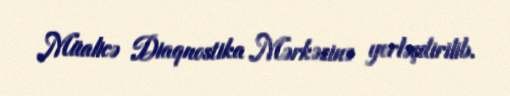
Müalicə Diaqnostika Mərkəzinə yerləşdirilib.